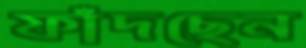
ফাঁদছেন